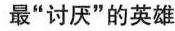
最“讨厌”的英雄